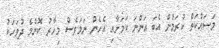
މަސައްކަތް ކުރަމުން އެބަ އަންނަ ކަމަށާއި އެހެން ނަމަވެސް މިހާރު ކޮންމެ ދުވަހަކު